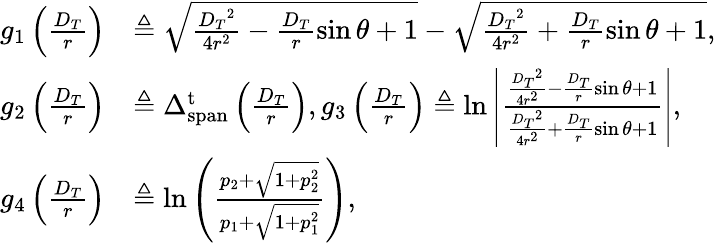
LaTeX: \begin{array}{rl}{{g_{1}}\left({\frac{{{D_{T}}}}{r}}\right)}&{\triangleq\sqrt{\frac{{{D_{T}}^{2}}}{{4{r^{2}}}}-\frac{{{D_{T}}}}{r}\sin\theta+1}-\sqrt{\frac{{{D_{T}}^{2}}}{{4{r^{2}}}}+\frac{{{D_{T}}}}{r}\sin\theta+1},}\\ {{g_{2}}\left({\frac{{{D_{T}}}}{r}}\right)}&{\triangleq\Delta_{\mathrm{{span}}}^{\mathrm{t}}\left(\frac{{{D_{T}}}}{r}\right),{g_{3}}\left({\frac{{{D_{T}}}}{r}}\right)\triangleq\ln\left|{\frac{{\frac{{{D_{T}}^{2}}}{{4{r^{2}}}}-\frac{{{D_{T}}}}{r}\sin\theta+1}}{{\frac{{{D_{T}}^{2}}}{{4{r^{2}}}}+\frac{{{D_{T}}}}{r}\sin\theta+1}}}\right|,}\\ {{g_{4}}\left({\frac{{{D_{T}}}}{r}}\right)}&{\triangleq\ln\left(\frac{{{p_{2}}+\sqrt{1+p_{2}^{2}}}}{{{p_{1}}+\sqrt{1+p_{1}^{2}}}}\right),}\end{array}